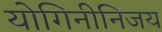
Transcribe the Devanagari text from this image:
योगिनीनिजय